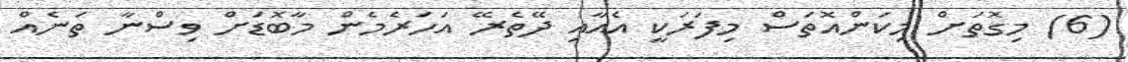
(6) މިގޮތަށް މިކަންއޮތަސް މިފަރަކީ އެއާއި ދޭތެރޭ އަހަރެމެން މާބޮޑަށް ވިސްނާ ތަނެއް